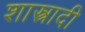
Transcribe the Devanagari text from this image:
शास्त्रादी